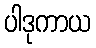
ပါဒုကာယ